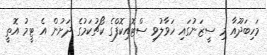
މަހިބަދޫއާ މި ސީޒަނުގައި ހަވާލުވި ސްޓޮއިކޮފްގެ ކޯޗުކަމުގެ ދަށުން އެ ޓީމު އޮތީ